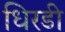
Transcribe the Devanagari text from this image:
धिरडी